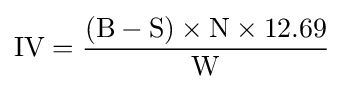
{\textrm {IV}}={\frac {({\textrm {B}}-{\textrm {S}})\times {\textrm {N}}\times 12.69}{\textrm {W}}}